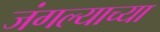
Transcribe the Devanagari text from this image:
जंगल्याच्या